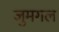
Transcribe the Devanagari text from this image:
जुमगल